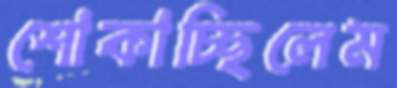
শোকাচ্ছিলেম